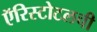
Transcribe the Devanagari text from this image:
ऍरिस्टोटलची